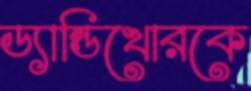
ড্যান্ডিখোরকে